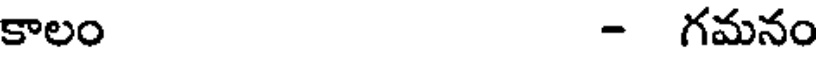
కాలం - గమనం